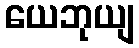
ယေဘုယျ